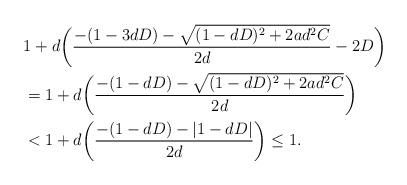
LaTeX: \begin{align*}& 1 + d\bigg(\frac{-(1 - 3 d D) - \sqrt{(1 - d D )^{2} + 2 a d^{2} C}}{2 d} - 2 D \bigg) \\& = 1 + d\bigg(\frac{-(1 - d D) - \sqrt{(1 - d D )^{2} + 2 a d^{2} C}}{2 d} \bigg) \\& < 1 + d\bigg(\frac{-(1 - d D) - | 1 - d D |}{2 d} \bigg) \leq 1.\end{align*}